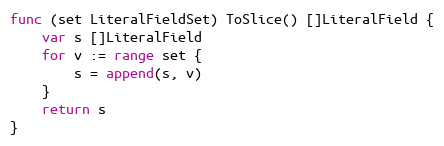
Language: Go
func (set LiteralFieldSet) ToSlice() []LiteralField {
	var s []LiteralField
	for v := range set {
		s = append(s, v)
	}
	return s
}